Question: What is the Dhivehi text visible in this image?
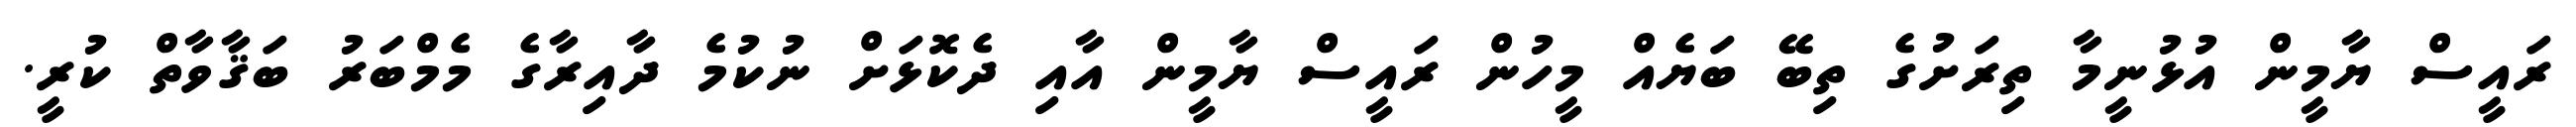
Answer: ރައީސް ޔާމީން އުޅުނީމާ ތިރަށުގެ ތިބޭ ބަޔެއް މީހުން ރައީސް ޔާމީން އާއި ދެކޮޅަށް ނުކުމެ ދާއިރާގެ މެމްބަރު ބަޤާވާތް ކުރީ.